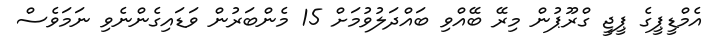
އެމްޑީޕީގެ ޕީޖީ ގްރޫޕުން މިރޭ ބޭއްވި ބައްދަލުވުމަށް 15 މެންބަރުން ވަޑައިގެންނެވި ނަމަވެސް